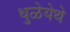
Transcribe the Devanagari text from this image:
धुळेयेथे